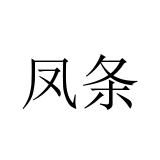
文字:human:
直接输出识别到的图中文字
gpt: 凤条